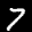
Label: 7